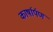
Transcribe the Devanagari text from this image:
कार्षार्पण